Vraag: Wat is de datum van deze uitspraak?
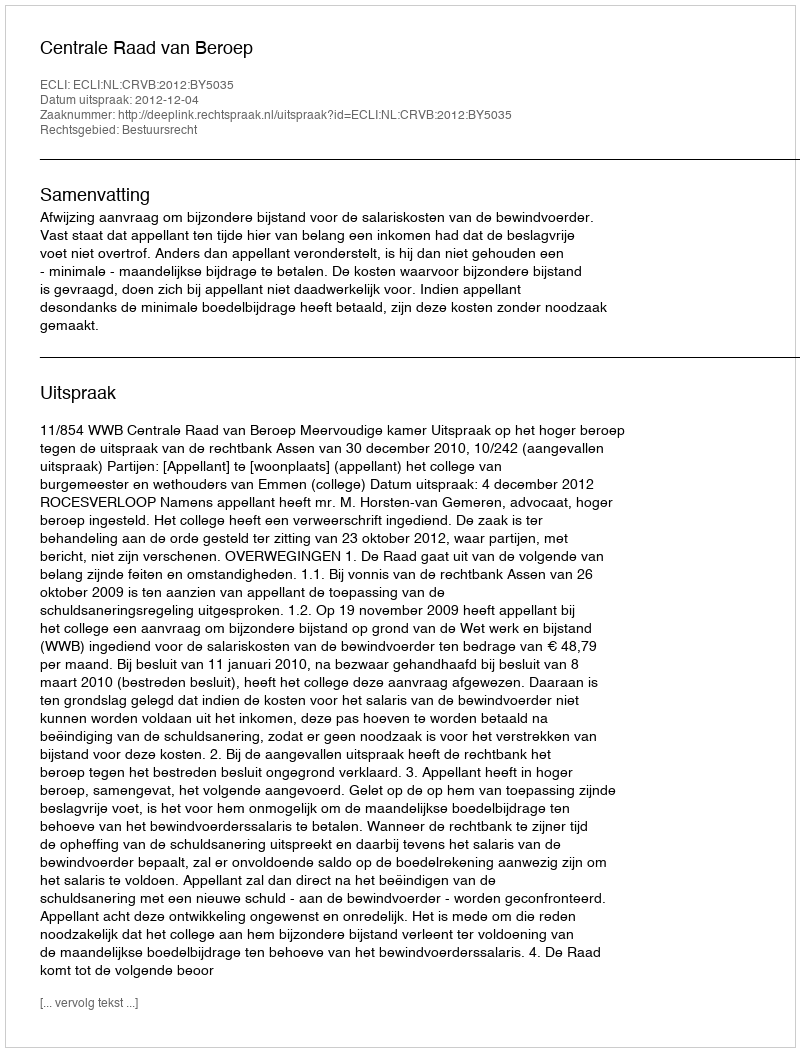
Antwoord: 2012-12-04